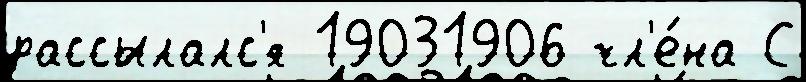
рассылалс'я 19031906 чл'е́на С